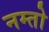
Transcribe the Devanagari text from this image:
नम्तो